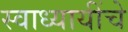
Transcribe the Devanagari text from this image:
स्वाध्यायींचे